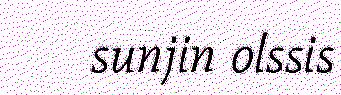
sunjin olssis